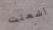
أشعلت